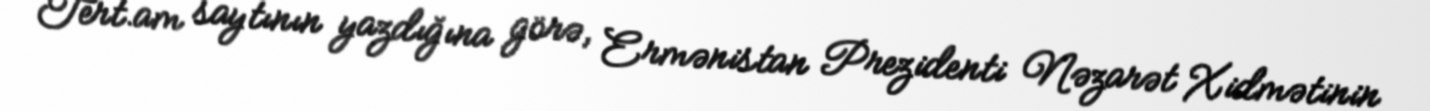
Tert.am saytının yazdığına görə, Ermənistan Prezidenti Nəzarət Xidmətinin